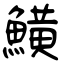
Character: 鱑